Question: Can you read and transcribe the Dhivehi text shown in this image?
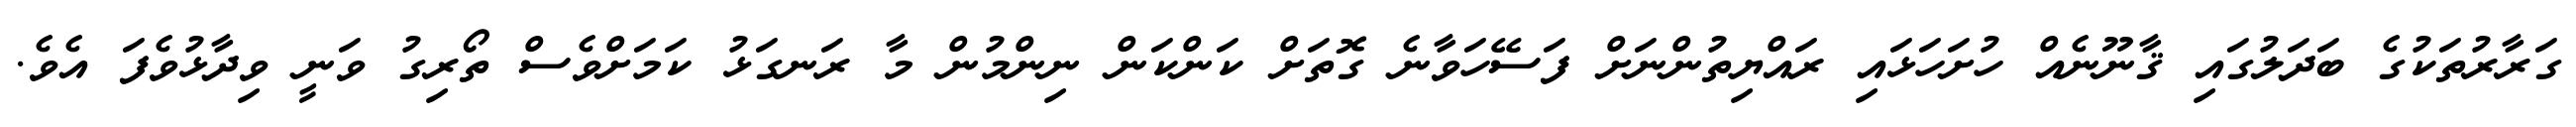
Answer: ގަރާރުތަކުގެ ބަދަލުގައި ޤާނޫނެއް ހުށަހަޅައި ރައްޔިތުންނަށް ފަސޭހަވާނެ ގޮތަށް ކަންކަން ނިންމުން މާ ރަނގަޅު ކަމަށްވެސް ތޯރިގު ވަނީ ވިދާޅުވެފަ އެވެ.